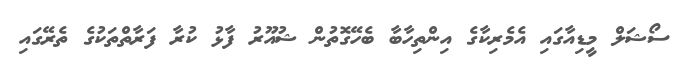
ސޯޝަލް މީޑިއާގައި އެމެރިކާގެ އިންތިހާބާ ބެހޭގޮތުން ޝުއޫރު ފާޅު ކުރާ ފަރާތްތަކުގެ ތެރޭގައި